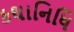
કથાનિધિ